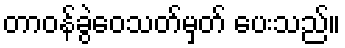
တာဝန်ခွဲဝေသတ်မှတ် ပေးသည်။